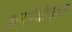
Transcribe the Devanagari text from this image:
अयोथीदास